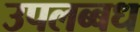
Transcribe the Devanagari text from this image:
उपलब्बध